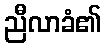
ညီလာခံ၏